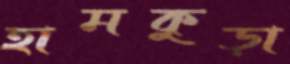
হামকুড়া